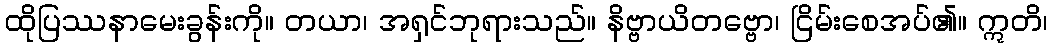
ထိုပြဿနာမေးခွန်းကို။ တယာ၊ အရှင်ဘုရားသည်။ နိဗ္ဗာယိတဗ္ဗော၊ ငြိမ်းစေအပ်၏။ ဣတိ၊